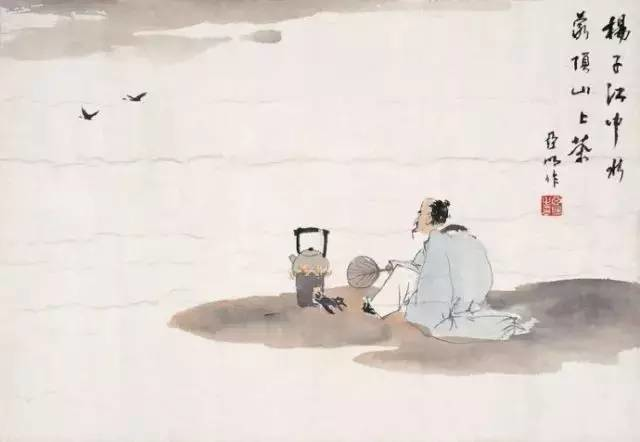
唯器与名，不可以假人